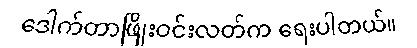
ဒေါက်တာဖြိုးဝင်းလတ်က ရေးပါတယ်။